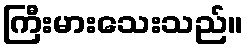
ကြီးမားသေးသည်။